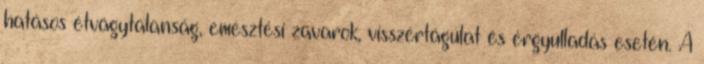
hatásos étvágytalanság, emésztési zavarok, visszértágulat és érgyulladás esetén. A